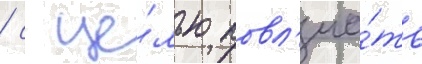
/ с це́лью повл'иа́ть